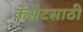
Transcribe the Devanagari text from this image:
कॅसेटसाठी